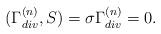
LaTeX: \begin{align*}(\Gamma^{(n)}_{div},S)=\sigma \Gamma^{(n)}_{div}=0.\end{align*}